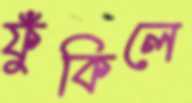
ফুঁকিলে